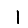
Digit: 1